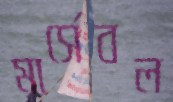
মার্সেবল